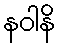
နဝါနိ